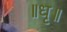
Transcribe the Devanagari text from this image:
॥धृ॥